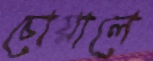
চোয়ালে